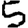
Digit: 5